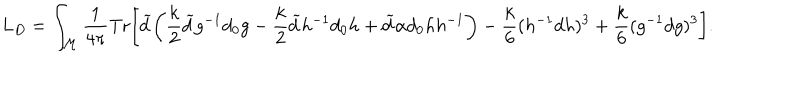
L _ { D } = \int _ { \cal M } { \frac { 1 } { 4 \pi } } \mathrm { T r } \bigg [ \widetilde { d } \bigg ( { \frac { k } { 2 } } \widetilde { d } g ^ { - 1 } d _ { 0 } g - { \frac { k } { 2 } } \widetilde { d } h ^ { - 1 } d _ { 0 } h + \widetilde { d } \alpha d _ { 0 } h h ^ { - 1 } \bigg ) - { \frac { k } { 6 } } ( h ^ { - 1 } d h ) ^ { 3 } + { \frac { k } { 6 } } ( g ^ { - 1 } d g ) ^ { 3 } \bigg ] .